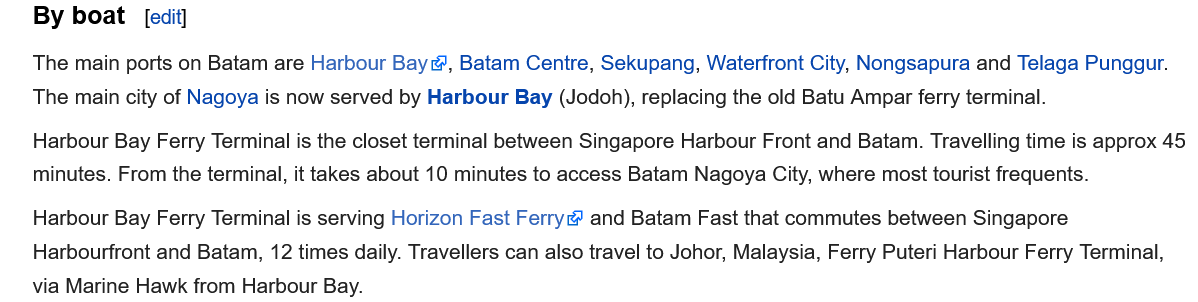
By boat
    The main ports on Batam are Harbour Bay, Batam Centre, Sekupang, Waterfront City, Nongsapura and Telaga Punggur.
    The main city of Nagoya is now served by Harbour Bay (Jodoh), replacing the old Batu Ampar ferry terminal.
    Harbour Bay Ferry Terminal is the closet terminal between Singapore Harbour Front and Batam. Travelling time is approx 45
    minutes. From the terminal, it takes about 10 minutes to access Batam Nagoya City, where most tourist frequents.
    Harbour Bay Ferry Terminal is serving Horizon Fast Ferry and Batam Fast that commutes between Singapore
    Harbourfront and Batam, 12 times daily. Travellers can also travel to Johor, Malaysia, Ferry Puteri Harbour Ferry Terminal,
    via Marine Hawk from Harbour Bay.